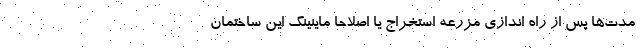
مدت‌ها پس از راه اندازی مزرعه استخراج یا اصلاحا ماینینگ این ساختمان